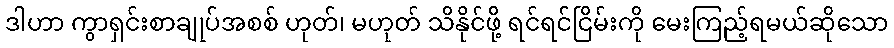
ဒါဟာ ကွာရှင်းစာချုပ်အစစ် ဟုတ်၊ မဟုတ် သိနိုင်ဖို့ ရင်ရင်ငြိမ်းကို မေးကြည့်ရမယ်ဆိုသော